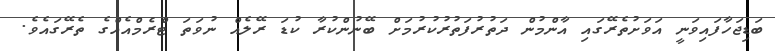
ބަޑިޖަހާފައިވަނީ އަވަށުތެރޭގައި އާންމުން ދަތުރުފަތުރުކުރުމަށް ބޭނުންކުރާ ކުޑަ ރޭލެއް ނުވަތަ ޓްރެމްއެއްގެ ތެރޭގައެވެ.